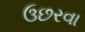
ઉછરવા